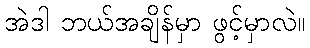
အဲဒါ ဘယ်အချိန်မှာ ဖွင့်မှာလဲ။